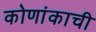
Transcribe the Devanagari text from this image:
कोणांकाची